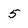
Character: 5